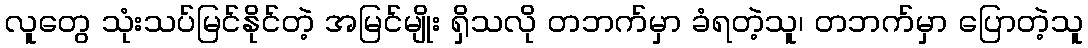
လူတွေ သုံးသပ်မြင်နိုင်တဲ့ အမြင်မျိုး ရှိသလို တဘက်မှာ ခံရတဲ့သူ၊ တဘက်မှာ ပြောတဲ့သူ